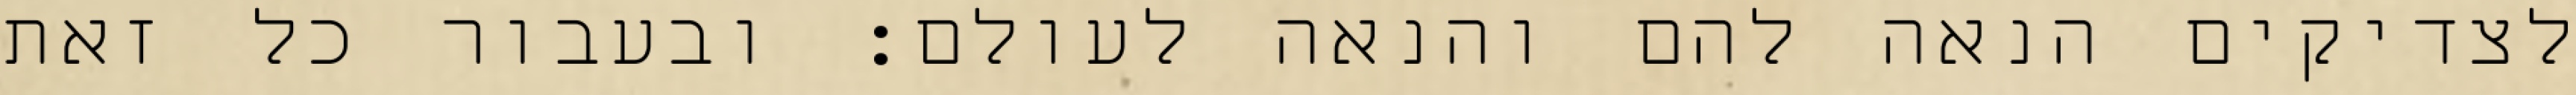
לצדיקים הנאה להם והנאה לעולם: ובעבור כל זאת